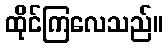
ထိုင်ကြလေသည်။